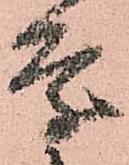
条